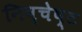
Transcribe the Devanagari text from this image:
निष्चेष्ट